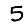
Digit: 5